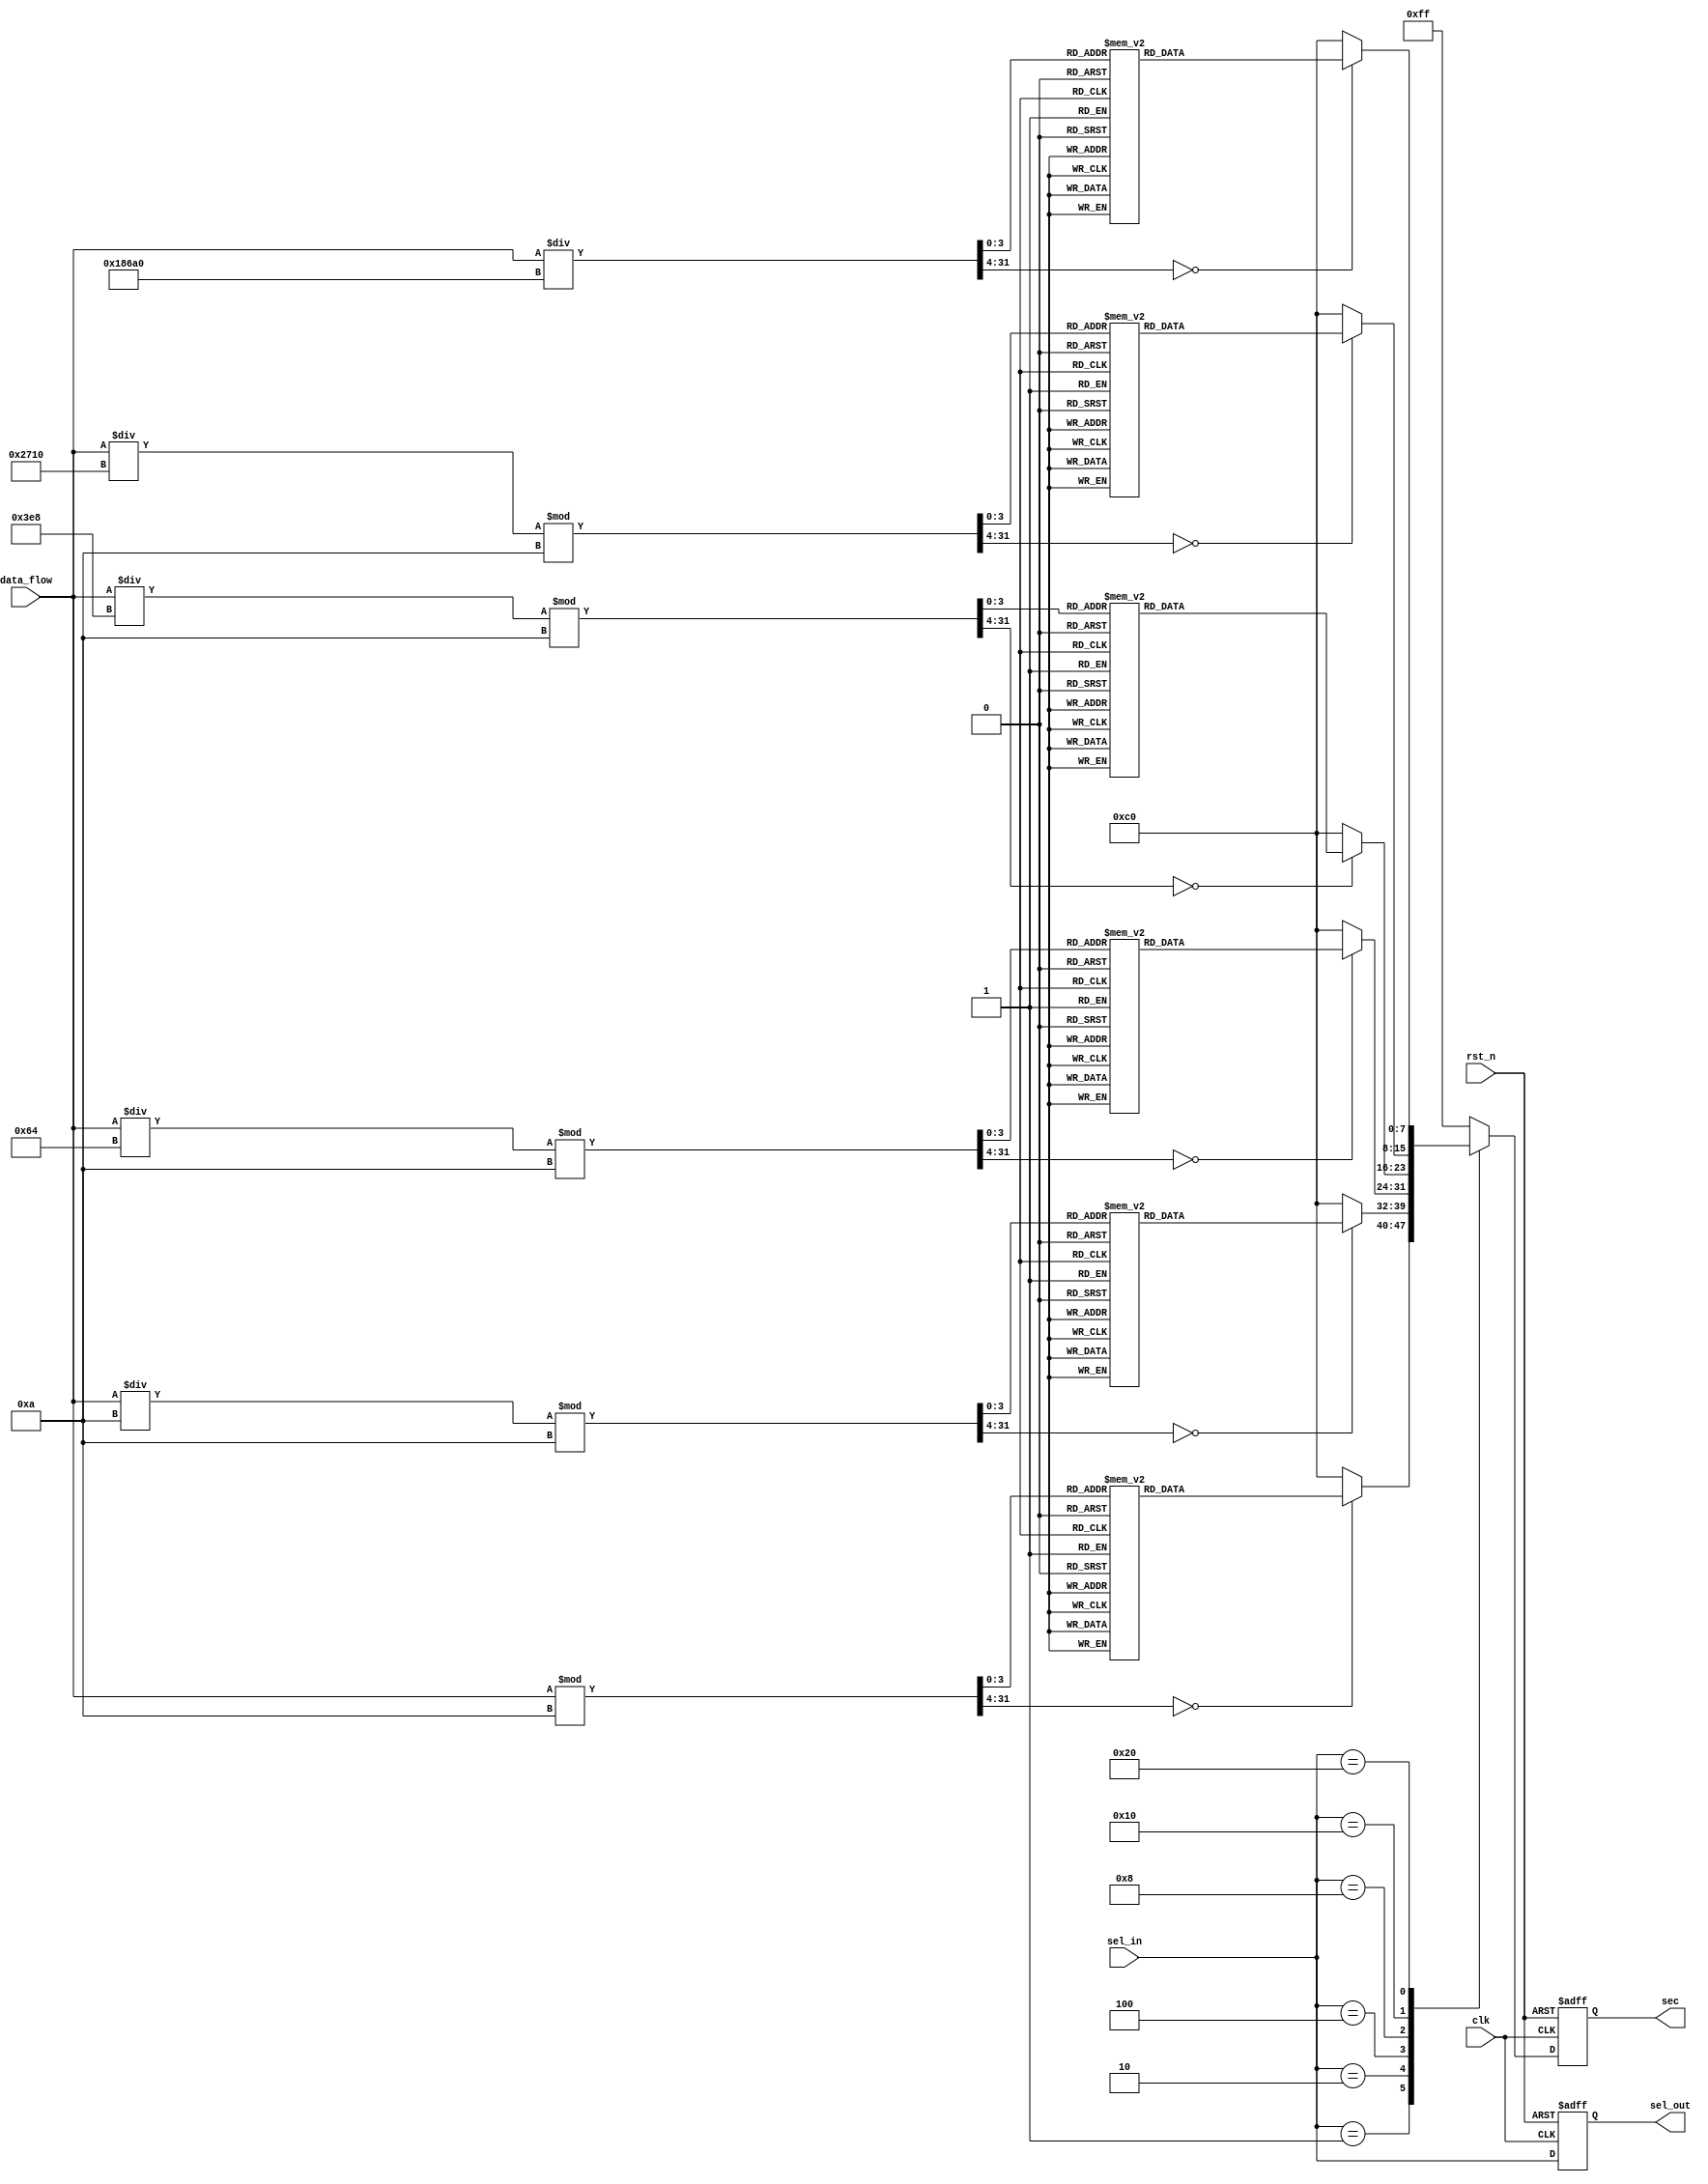
module Data_Flow_Control (
	input clk,
	input rst_n,
	input [23:0] data_flow,
	input [5:0] sel_in,
	output reg [5:0] sel_out,
	output reg [7:0] sec
);

	/*0-98*/
	parameter num_0 = 8'b1100_0000;
	parameter num_1 = 8'b1111_1001;
	parameter num_2 = 8'b1010_0100;
	parameter num_3 = 8'b1011_0000;
	parameter num_4 = 8'b1001_1001;
	parameter num_5 = 8'b1001_0010;
	parameter num_6 = 8'b1000_0010;
	parameter num_7 = 8'b1111_1000;
	parameter num_8 = 8'b1000_0000;
	parameter num_9 = 8'b1001_0000;

	/**/
	//reg [7:0] nums [9:0];


	/*sel_out
	clk*/
	always @(posedge clk or negedge rst_n) begin
		if(~rst_n) begin
			sel_out <= 6'd0;
		end else begin
			sel_out <= sel_in;
		end
	end

	/*sec*/
	always @(posedge clk or negedge rst_n) begin
		if(~rst_n) begin
			sec <= 8'b1111_1111;
		end else begin
			case(sel_in)
				6'b000_001 : begin
					case(data_flow % 10)	//
						24'd0 : sec <= num_0;
						24'd1 : sec <= num_1;
						24'd2 : sec <= num_2;
						24'd3 : sec <= num_3;
						24'd4 : sec <= num_4;
						24'd5 : sec <= num_5;
						24'd6 : sec <= num_6;
						24'd7 : sec <= num_7;
						24'd8 : sec <= num_8;
						24'd9 : sec <= num_9;
						default : sec <= num_0;
					endcase

					/**/
					// sec <= nums[data_flow % 10];
				end

				6'b000_010 : begin
					case((data_flow / 10) % 10)	//
						24'd0 : sec <= num_0;
						24'd1 : sec <= num_1;
						24'd2 : sec <= num_2;
						24'd3 : sec <= num_3;
						24'd4 : sec <= num_4;
						24'd5 : sec <= num_5;
						24'd6 : sec <= num_6;
						24'd7 : sec <= num_7;
						24'd8 : sec <= num_8;
						24'd9 : sec <= num_9;
						default : sec <= num_0;
					endcase
				end

				6'b000_100 : begin
					case((data_flow / 100) % 10)	//
						24'd0 : sec <= num_0;
						24'd1 : sec <= num_1;
						24'd2 : sec <= num_2;
						24'd3 : sec <= num_3;
						24'd4 : sec <= num_4;
						24'd5 : sec <= num_5;
						24'd6 : sec <= num_6;
						24'd7 : sec <= num_7;
						24'd8 : sec <= num_8;
						24'd9 : sec <= num_9;
						default : sec <= num_0;
					endcase
				end

				6'b001_000 : begin
					case((data_flow / 1000) % 10)	//
						24'd0 : sec <= num_0;
						24'd1 : sec <= num_1;
						24'd2 : sec <= num_2;
						24'd3 : sec <= num_3;
						24'd4 : sec <= num_4;
						24'd5 : sec <= num_5;
						24'd6 : sec <= num_6;
						24'd7 : sec <= num_7;
						24'd8 : sec <= num_8;
						24'd9 : sec <= num_9;
						default : sec <= num_0;
					endcase
				end

				6'b010_000 : begin
					case((data_flow / 10000) % 10)	//
						24'd0 : sec <= num_0;
						24'd1 : sec <= num_1;
						24'd2 : sec <= num_2;
						24'd3 : sec <= num_3;
						24'd4 : sec <= num_4;
						24'd5 : sec <= num_5;
						24'd6 : sec <= num_6;
						24'd7 : sec <= num_7;
						24'd8 : sec <= num_8;
						24'd9 : sec <= num_9;
						default : sec <= num_0;
					endcase
				end

				6'b100_000 : begin
					case(data_flow / 100_000)	//
						24'd0 : sec <= num_0;
						24'd1 : sec <= num_1;
						24'd2 : sec <= num_2;
						24'd3 : sec <= num_3;
						24'd4 : sec <= num_4;
						24'd5 : sec <= num_5;
						24'd6 : sec <= num_6;
						24'd7 : sec <= num_7;
						24'd8 : sec <= num_8;
						24'd9 : sec <= num_9;
						default : sec <= num_0;
					endcase
				end

				default : sec <= 8'b1111_1111;

			endcase
		end
	end


endmodule